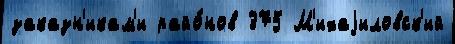
заказн'икам'и райо́нов 375 М'ихаjиловск'ий